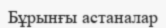
Бұрынғы астаналар